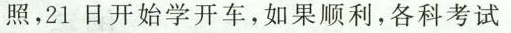
照，21日开始学开车，如果顺利，各科考试